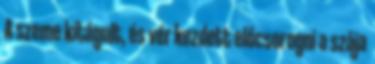
A szeme kitágult, és vér kezdett előcsorogni a szája